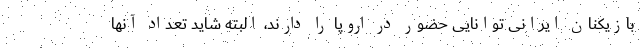
بازیکنان ایرانی توانایی حضور در اروپا را دارند، البته شاید تعداد آنها